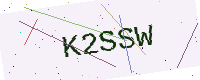
Text: K2SSW